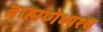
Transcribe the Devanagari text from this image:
ब्राह्मणेभ्यश्च